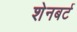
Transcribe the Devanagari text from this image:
शेनबर्ट